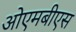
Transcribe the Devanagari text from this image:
ओएमबीएस